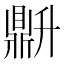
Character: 𬹦